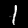
Digit: 1